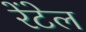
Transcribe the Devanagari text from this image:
रेंटेल